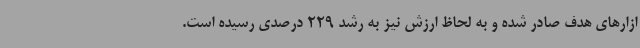
ازارهای هدف صادر شده و به لحاظ ارزش نیز به رشد 229 درصدی رسیده است.